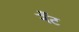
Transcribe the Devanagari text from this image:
नँँट